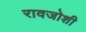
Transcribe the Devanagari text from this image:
रावजोशी